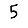
Digit: 5